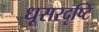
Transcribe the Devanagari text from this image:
धूसरदृष्टि